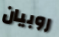
روبيان